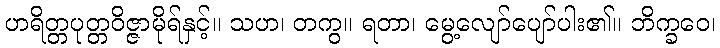
ဟရိတ္တပုတ္တဝိဇ္ဇာမိုရ်နှင့်။ သဟ၊ တကွ။ ရတာ၊ မွေ့လျော်ပျော်ပါး၏။ ဘိက္ခဝေ၊